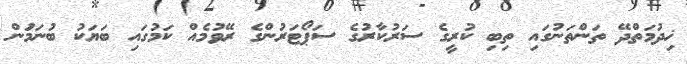
ޚިދުމަތްދޭ ތަންތަނުގައި ތިބި ކުރީގެ ސަރުކާރުގެ ސަޕޯޓަރުންގެ ރޭވުމެއް ކަމުގައި ބަޔަކު ބުނަމަުން